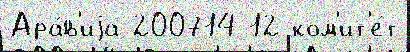
Ара́в'иjа 200714 12 ком'ит'е́т